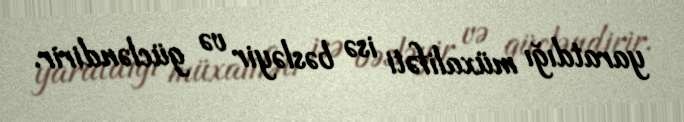
yaratdığı müxalifəti isə bəsləyir və gücləndirir.